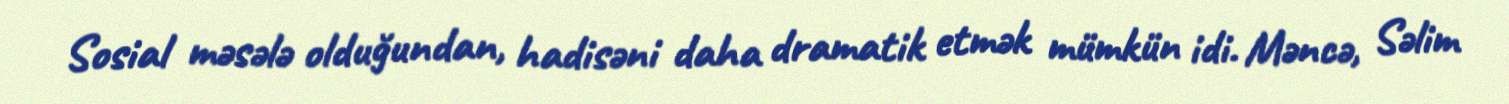
Sosial məsələ olduğundan, hadisəni daha dramatik etmək mümkün idi. Məncə, Səlim